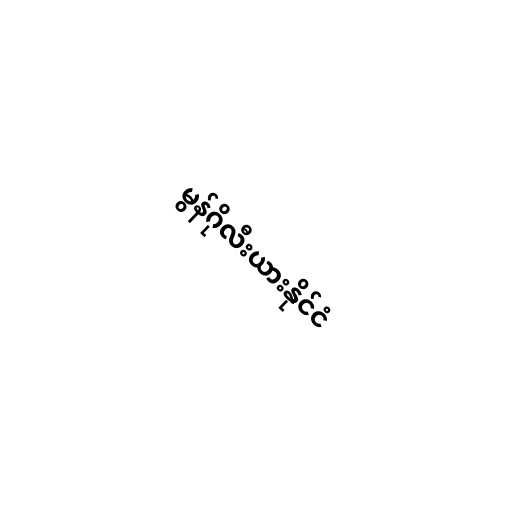
မွန်ဂိုလီးယားနိုင်ငံ